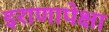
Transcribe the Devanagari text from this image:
इराणापेक्षा